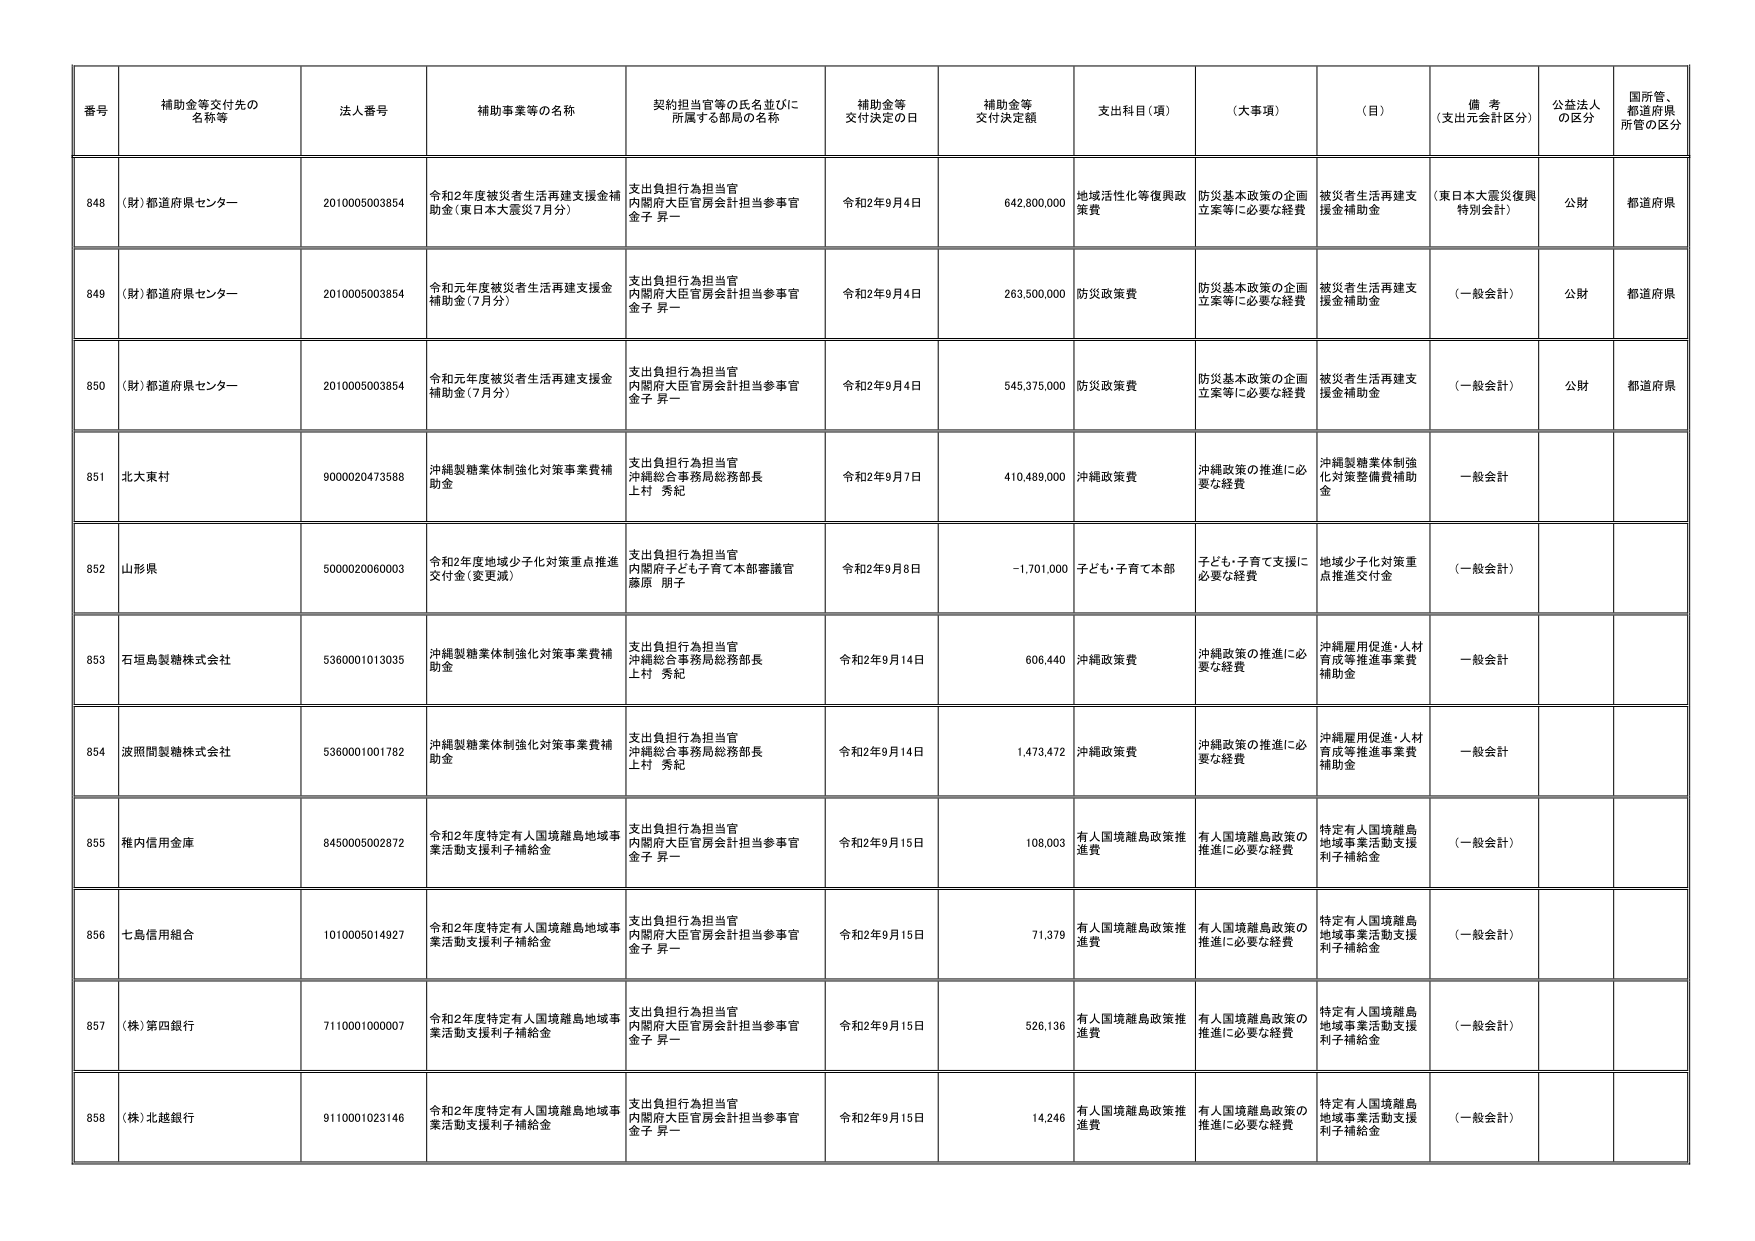
番号 補助金等交付先の名称等 法人番号 補助事業等の名称 契約担当官等の氏名並びに所属する部局の名称 補助金等交付決定の日 補助金等交付決定額 支出科目（項） （大事項） （目） 備考（支出元会計区分） 公益法人の区分 国所管、都道府県所管の区分
848 （財）都道府県センター 2010005003854 令和2年度被災者生活再建支援金補助金（東日本大震災7月分） 支出負担行為担当官 内閣府大臣官房会計担当参事官 金子 昇一 令和2年9月4日 642,800,000 地域活性化等復興政策費 防災基本政策の企画立案等に必要な経費 被災者生活再建支援金補助金 （東日本大震災復興特別会計） 公財 都道府県
849 （財）都道府県センター 2010005003854 令和元年度被災者生活再建支援金補助金（7月分） 支出負担行為担当官 内閣府大臣官房会計担当参事官 金子 昇一 令和2年9月4日 263,500,000 防災政策費 防災基本政策の企画立案等に必要な経費 被災者生活再建支援金補助金 （一般会計） 公財 都道府県
850 （財）都道府県センター 2010005003854 令和元年度被災者生活再建支援金補助金（7月分） 支出負担行為担当官 内閣府大臣官房会計担当参事官 金子 昇一 令和2年9月4日 545,375,000 防災政策費 防災基本政策の企画立案等に必要な経費 被災者生活再建支援金補助金 （一般会計） 公財 都道府県
851 北大東村 9000020473588 沖縄製糖業体制強化対策事業費補助金 支出負担行為担当官 沖縄総合事務局総務部長 上村 秀紀 令和2年9月7日 410,489,000 沖縄政策費 沖縄政策の推進に必要な経費 沖縄製糖業体制強化対策整備費補助金 一般会計
852 山形県 5000020060003 令和2年度地域少子化対策重点推進交付金（変更減） 支出負担行為担当官 内閣府子ども・子育て本部審議官 藤原 朋子 令和2年9月8日 -1,701,000 子ども・子育て本部 子ども・子育て支援に必要な経費 地域少子化対策重点推進交付金 （一般会計）
853 石垣島製糖株式会社 5360001013035 沖縄製糖業体制強化対策事業費補助金 支出負担行為担当官 沖縄総合事務局総務部長 上村 秀紀 令和2年9月14日 606,440 沖縄政策費 沖縄政策の推進に必要な経費 沖縄雇用促進・人材育成等推進事業費補助金 一般会計
854 波照間製糖株式会社 5360001001782 沖縄製糖業体制強化対策事業費補助金 支出負担行為担当官 沖縄総合事務局総務部長 上村 秀紀 令和2年9月14日 1,473,472 沖縄政策費 沖縄政策の推進に必要な経費 沖縄雇用促進・人材育成等推進事業費補助金 一般会計
855 稚内信用金庫 8450005002872 令和2年度特定有人国境離島地域事業活動支援利子補給金 支出負担行為担当官 内閣府大臣官房会計担当参事官 金子 昇一 令和2年9月15日 108,003 有人国境離島政策推進費 有人国境離島政策の推進に必要な経費 特定有人国境離島地域事業活動支援利子補給金 （一般会計）
856 七島信用組合 1010005014927 令和2年度特定有人国境離島地域事業活動支援利子補給金 支出負担行為担当官 内閣府大臣官房会計担当参事官 金子 昇一 令和2年9月15日 71,379 有人国境離島政策推進費 有人国境離島政策の推進に必要な経費 特定有人国境離島地域事業活動支援利子補給金 （一般会計）
857 （株）第四銀行 7110001000007 令和2年度特定有人国境離島地域事業活動支援利子補給金 支出負担行為担当官 内閣府大臣官房会計担当参事官 金子 昇一 令和2年9月15日 526,136 有人国境離島政策推進費 有人国境離島政策の推進に必要な経費 特定有人国境離島地域事業活動支援利子補給金 （一般会計）
858 （株）北越銀行 9110001023146 令和2年度特定有人国境離島地域事業活動支援利子補給金 支出負担行為担当官 内閣府大臣官房会計担当参事官 金子 昇一 令和2年9月15日 14,246 有人国境離島政策推進費 有人国境離島政策の推進に必要な経費 特定有人国境離島地域事業活動支援利子補給金 （一般会計）